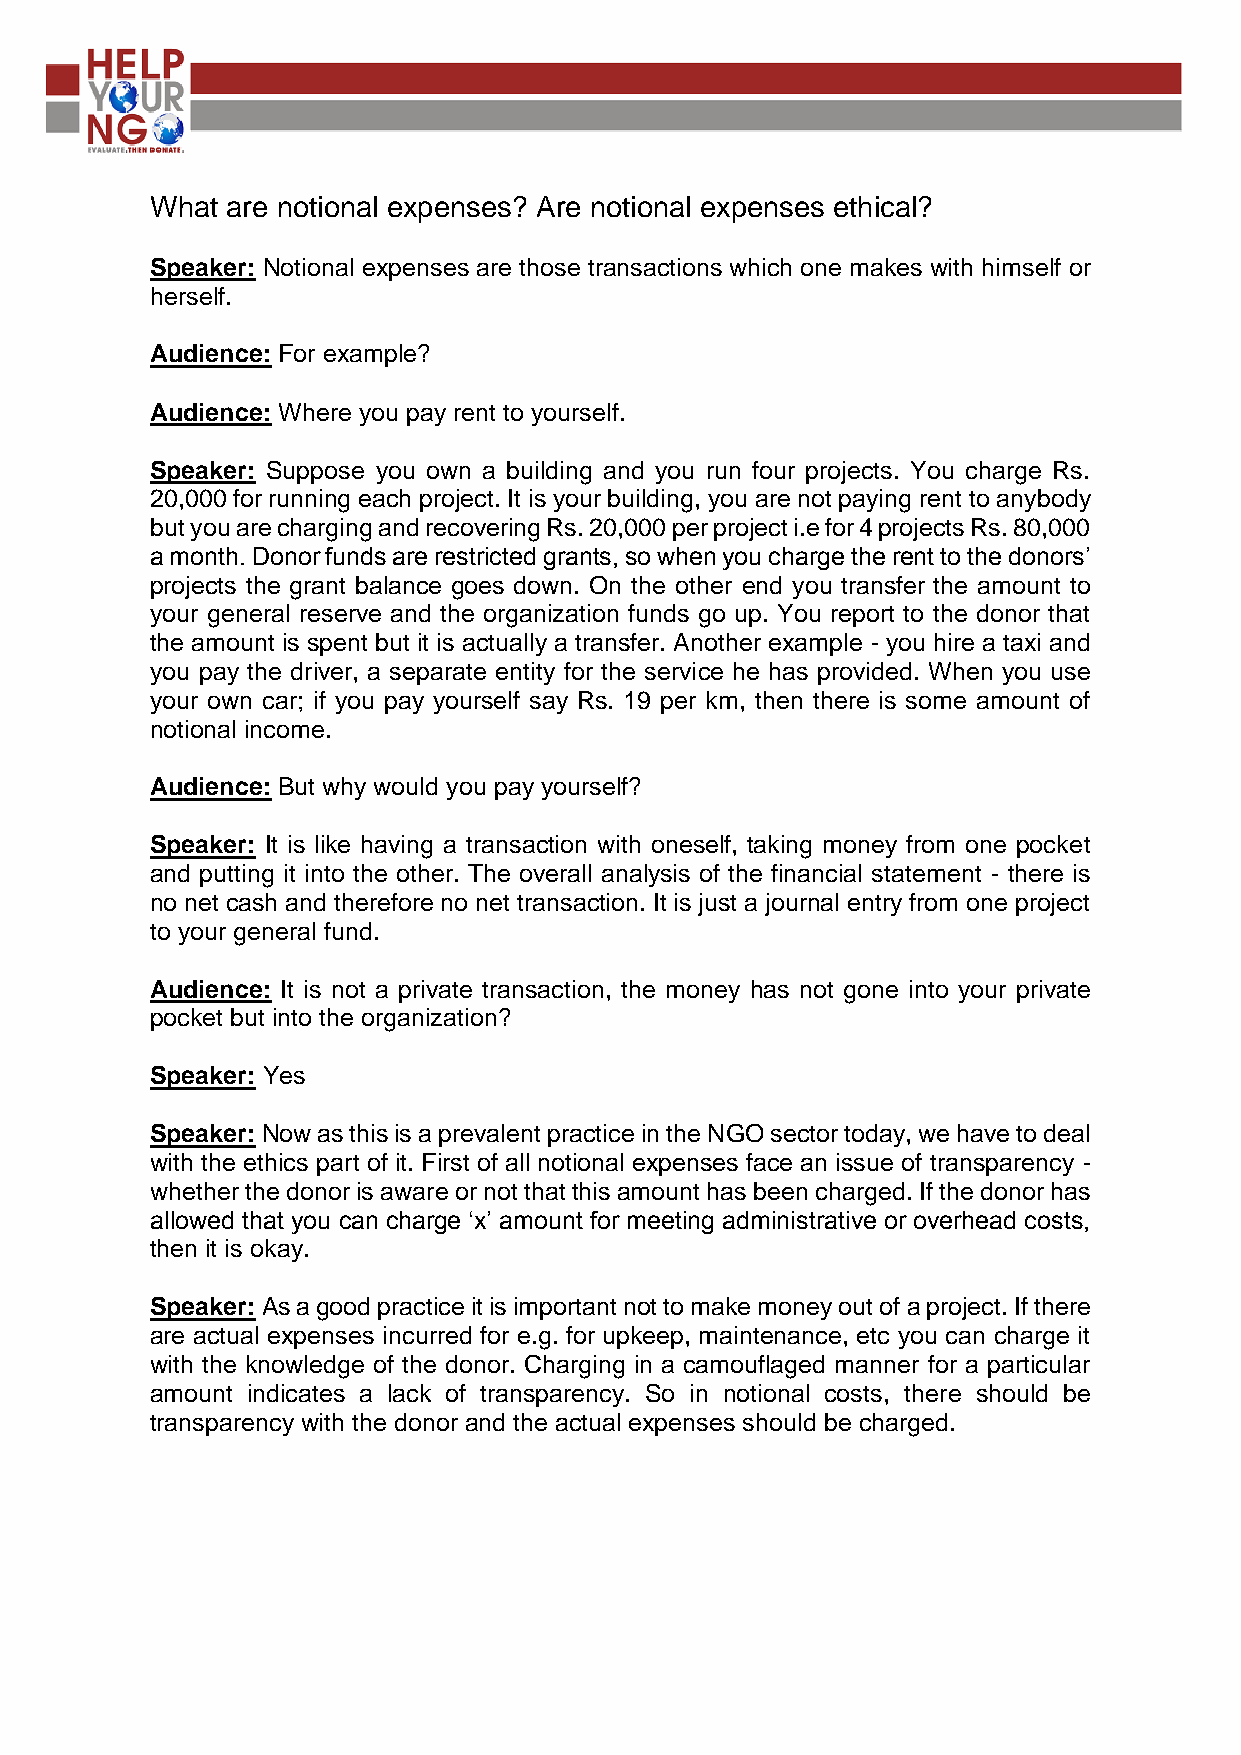
What are notional expenses? Are notional expenses ethical?
 Speaker: Notional expenses are those transactions which one makes with himself or
 herself.
 Audience: For example?
 Audience: Where you pay rent to yourself.
 Speaker: Suppose you own a building and you run four projects. You charge Rs.
 20,000 for running each project. It is your building, you are not paying rent to anybody
 but you are charging and recovering Rs. 20,000 per project i.e for 4 projects Rs. 80,000
 a month. Donor funds are restricted grants, so when you charge the rent to the donors’
 projects the grant balance goes down. On the other end you transfer the amount to
 your general reserve and the organization funds go up. You report to the donor that
 the amount is spent but it is actually a transfer. Another example - you hire a taxi and
 you pay the driver, a separate entity for the service he has provided. When you use
 your own car; if you pay yourself say Rs. 19 per km, then there is some amount of
 notional income.
 Audience: But why would you pay yourself?
 Speaker: It is like having a transaction with oneself, taking money from one pocket
 and putting it into the other. The overall analysis of the financial statement - there is
 no net cash and therefore no net transaction. It is just a journal entry from one project
 to your general fund.
 Audience: It is not a private transaction, the money has not gone into your private
 pocket but into the organization?
 Speaker: Yes
 Speaker: Now as this is a prevalent practice in the NGO sector today, we have to deal
 with the ethics part of it. First of all notional expenses face an issue of transparency -
 whether the donor is aware or not that this amount has been charged. If the donor has
 allowed that you can charge ‘x’ amount for meeting administrative or overhead costs,
 then it is okay.
 Speaker: As a good practice it is important not to make money out of a project. If there
 are actual expenses incurred for e.g. for upkeep, maintenance, etc you can charge it
 with the knowledge of the donor. Charging in a camouflaged manner for a particular
 amount indicates a lack of transparency. So in notional costs, there should be
 transparency with the donor and the actual expenses should be charged.